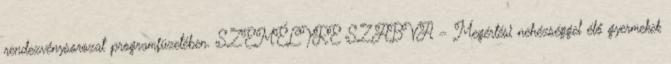
rendezvénysorozat programfüzetében. SZEMÉLYRE SZABVA – Megértési nehézséggel élő gyermekek